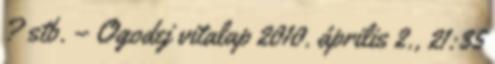
? stb. – Ogodej vitalap 2010. április 2., 21:35